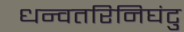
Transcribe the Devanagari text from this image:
धन्वतरिनिघंटु